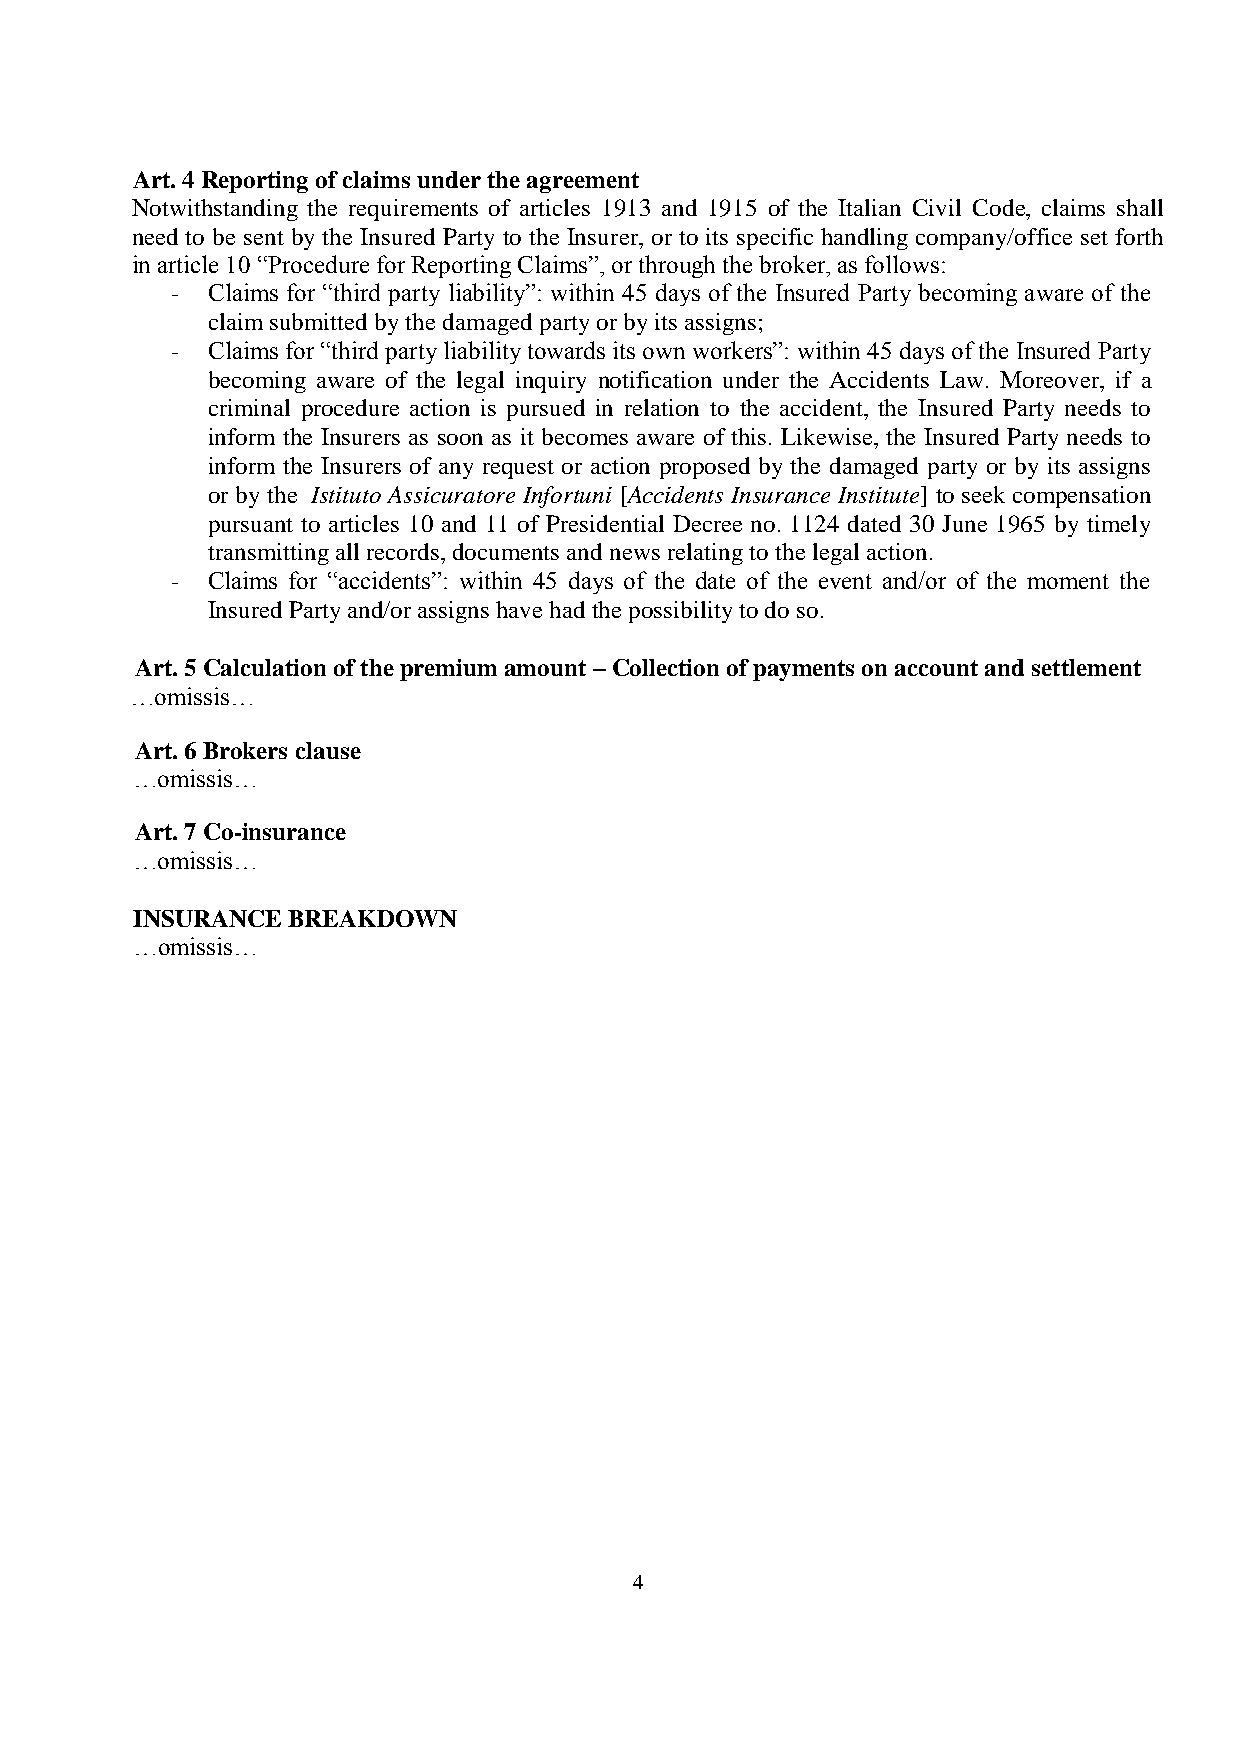
Art. 4 Reporting of claims under the agreement
 Notwithstanding the requirements of articles 1913 and 1915 of the Italian Civil Code, claims shall
 need to be sent by the Insured Party to the Insurer, or to its specific handling company/office set forth
 in article 10 “Procedure for Reporting Claims”, or through the broker, as follows:
 -  Claims for “third party liability”: within 45 days of the Insured Party becoming aware of the
 claim submitted by the damaged party or by its assigns;
 -  Claims for “third party liability towards its own workers”: within 45 days of the Insured Party
 becoming aware of the legal inquiry notification under the Accidents Law. Moreover, if a
 criminal procedure action is pursued in relation to the accident, the Insured Party needs to
 inform the Insurers as soon as it becomes aware of this. Likewise, the Insured Party needs to
 inform the Insurers of any request or action proposed by the damaged party or by its assigns
 or by the Istituto Assicuratore Infortuni [Accidents Insurance Institute] to seek compensation
 pursuant to articles 10 and 11 of Presidential Decree no. 1124 dated 30 June 1965 by timely
 transmitting all records, documents and news relating to the legal action.
 -  Claims for “accidents”: within 45 days of the date of the event and/or of the moment the
 Insured Party and/or assigns have had the possibility to do so.
 Art. 5 Calculation of the premium amount – Collection of payments on account and settlement
 …omissis…
 Art. 6 Brokers clause
 …omissis…
 Art. 7 Co-insurance
 …omissis…
 INSURANCE BREAKDOWN
 …omissis…
 4